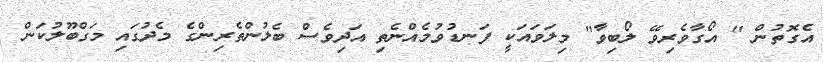
އެގޮތުން " އޯގާވެރިވޭ ލޯބިވާ" މިލަވައަކީ ފަނޑުވުމެއްނެތި އަދިވެސް ބެލުންތެރިންގެ މެދުގައި މަގްބޫލުކަން